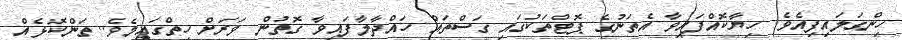
ހިންގަލައިފިއެވެ. ހިޔާކޮއްފައިވާ އެތަނުގެ ޕޮޓްތަކުގައި ގަސްތައް ހައްދާލާފައިވާ ގޮތުން ވަރަށް ހިތްގައިމެވެ.. ތަންކޮޅެއް